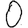
Digit: 0